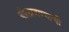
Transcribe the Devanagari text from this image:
बोलावण्याची